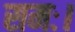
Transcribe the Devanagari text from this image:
समः।